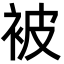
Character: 被